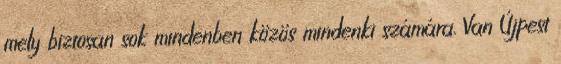
mely biztosan sok mindenben közös mindenki számára. Van Újpest